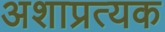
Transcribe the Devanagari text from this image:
अशाप्रत्यक